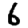
Digit: 6